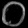
Digit: ၀